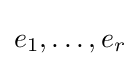
e_{1},\dots ,e_{r}